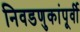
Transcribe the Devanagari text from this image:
निवडणुकांपूर्वी